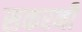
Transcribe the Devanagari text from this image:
सकरनी